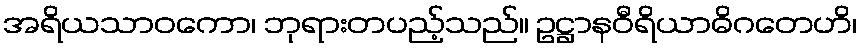
အရိယသာဝကော၊ ဘုရားတပည့်သည်။ ဥဋ္ဌာနဝီရိယာဓိဂတေဟိ၊